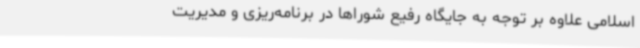
اسلامی علاوه بر توجه به جایگاه رفیع شوراها در برنامه‌ریزی و مدیریت